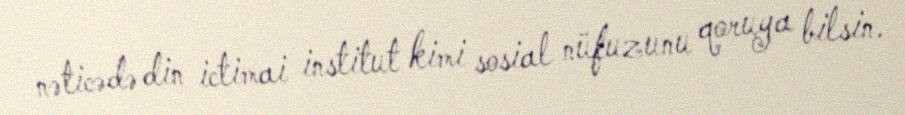
nəticədə din ictimai institut kimi sosial nüfuzunu qoruya bilsin.